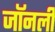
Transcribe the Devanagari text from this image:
जॉनली